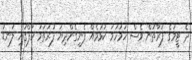
ދެ ޓީމުގެ ފަރާތުން ވެސް ހަމަހަމަ ކުޅުމެއް ފެނިގެންދިޔަ ފުރަތަމަ ހާފްގައި ލަނޑު